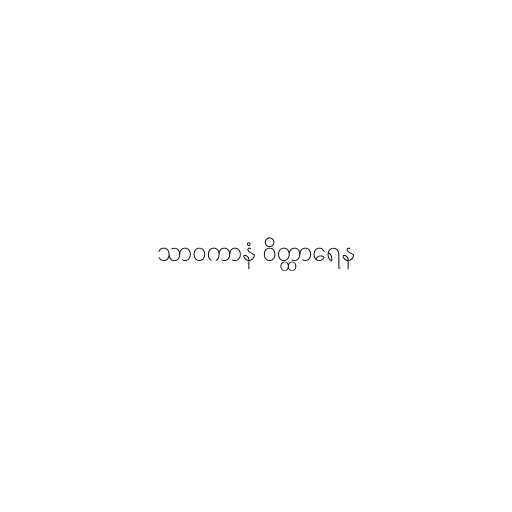
သာဝကာနံ ဝိတ္ထာရေန